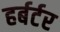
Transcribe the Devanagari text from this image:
हर्बर्टर